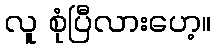
လူ စုံပြီလားဟေ့။